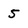
Character: 5